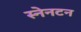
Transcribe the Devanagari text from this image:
स्नेनटन